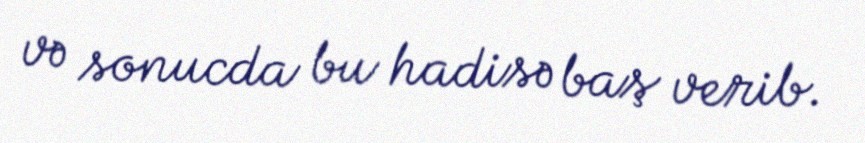
və sonucda bu hadisə baş verib.